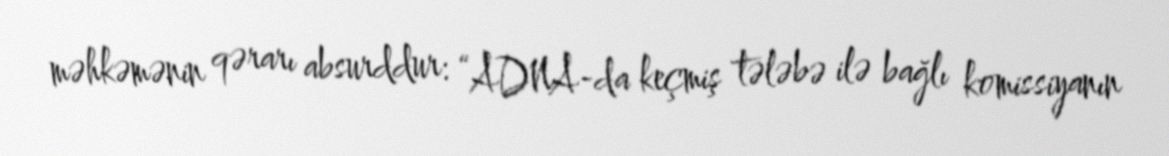
məhkəmənin qərarı absurddur: “ADNA-da keçmiş tələbə ilə bağlı komissiyanın